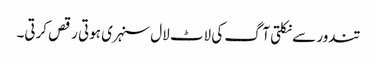
تندور سے نکلتی آگ کی لاٹ لال سنہری ہوتی رقص کرتی۔